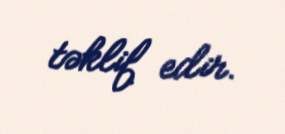
təklif edir.